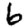
Digit: 6